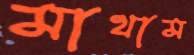
মাথাম